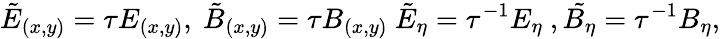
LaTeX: \tilde{E}_{(x,y)}=\tau E_{(x,y)},~\tilde{B}_{(x,y)}=\tau B_{(x,y)}~\tilde{E}_{\eta}=\tau^{-1}E_{\eta}~,\tilde{B_{\eta}}=\tau^{-1}B_{\eta},